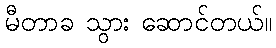
မီတာခ သွား ဆောင်တယ်။